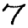
Digit: 7